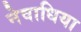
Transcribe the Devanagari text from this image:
नेवाधिया